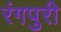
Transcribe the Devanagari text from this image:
रंगपुरी